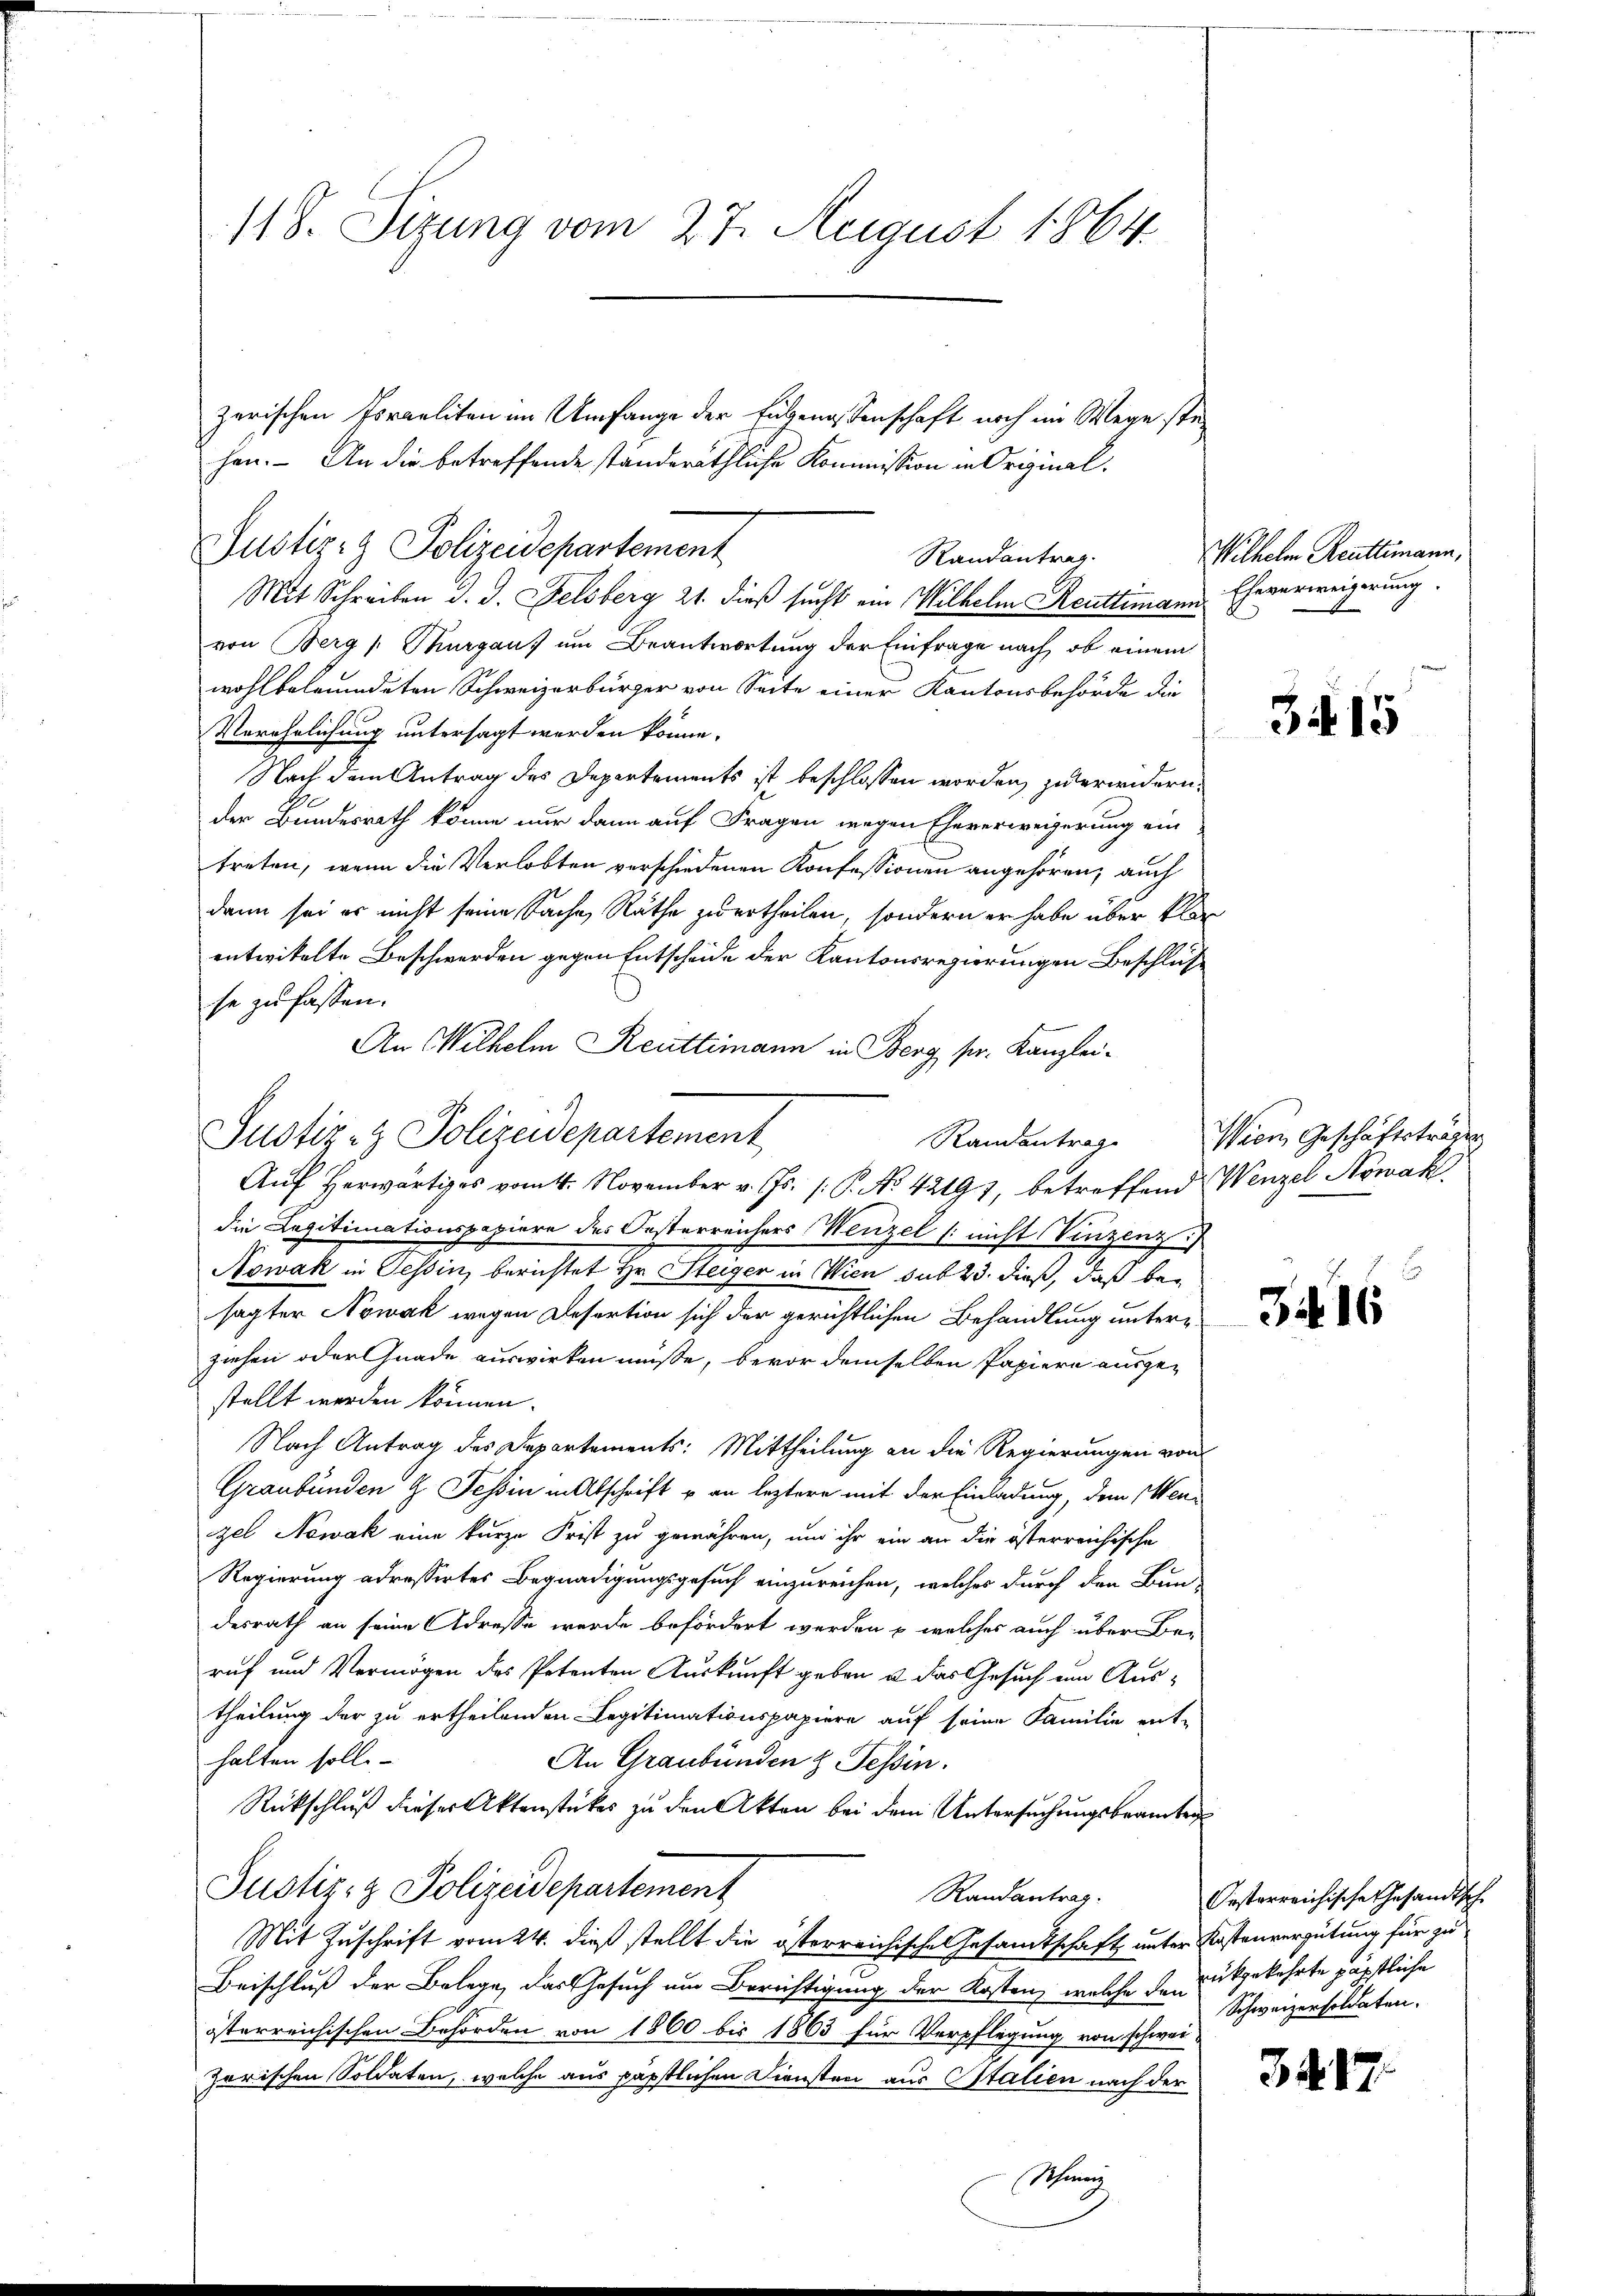
118. Sizung vom 27. August 1864.

Justiz- & Polizeidepartement

zerischen Poraeliten im Umfange der Eidgenossenschaft noch im Wege stehen. – An die betreffende ständeräthliche Kommission in Original¬
Mit Schreiben d. d. Felsberg 21. dieß sucht ein Wilhelm Reutlimann. Eheverweigerung
von Berg s. Thurgaus um Beantwortung der Einfrage nach, ob einem
wohlbetrundeten Schweizerbürger von Seite einer Kantonsbehörde die
Verehrlichung untersagt werden könne.
Nach dem Antrag des Departements ist beschlossen worden, zu erwidern,
der Bundesrath könne nur dann auf Fragen wegen Eheverweigerung ein
treten, wenn die Verlobten verschiedenen Konfessionen angehören, auch
dann sei es nicht seine Sache Räthe zu ertheilen, sondern er habe über klar
entwickelte Beschwerden gegen Entscheide der Kantonsregierungen Beschlüs
se zu fassen.
An Wilhelm Reuttimann in Berg sr. Kanzlei-
Aŭf herwärtiges vom 4. November v. Js. /: P. No 42197, betreffend Wenzel Nowak
die Legitimationspapiere des Oesterreichers Wenzel (: nicht Vinzenz
Nowak in Tessin, berichtet Hr. Steiger in Wien sub 23. dieß, daß besagter Nowak wegen Desertion sich der gerichtlichen Behandlung unterziehen oder Gnade auswirken müsse, bevor demselben Papiere ausgestellt werden können.
Nach Antrag des Departements: Mittheilung an die Regierungen von
Graubünden & Tessin in Abschrift u an leztere mit der Einladung, dem Menzel Nowak eine kurze Frist zu gewähren, um ihr ein an die österreichische
Regierung adressirtes Begnadigungsgesuch einzureichen, welches durch den Bundesrath an seine Adresse werde befördert werden u. welches auch über Be-
ruf und Vermögen des Petenten Auskunft geben u. das Gesuch in Austheilung der zu ertheilenden Legitimationspapiere auf seine Familie ent-
halten solle.
An Graubünden z. Tessin.
Rückschluß dieser Aktenstückes zu den Akten bei dem Untersuchungsbeamten
Justiz- & Polizeidepartement
Randantrag.
Mit Zuschrift vom 24. dieß stellt die österreichische Gesamtschaft unter Kostenvergütung für zu
.
Beischluß der Belege, das Gesuch um Berichtigung der Kosten, welche den Rückgekehrte päpstliche
österreichischen Behörden von 1860 bis 1863 für Verpflegung von schweizorischen Soldaten, welche aus päpstlichen Diensten aus Italien nach der
Schweiz

Justiz- & Polizeidepartement
Randantrag

Randantrag.

Wilhelm Reutlimann,

3415

Wien Geschäftsträger

3i 16

Oesterreichische Gesandtsche
Schweizersoldaten.

34. 17.